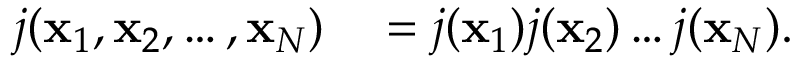
\begin{array} { r l } { j ( \mathbf { x } _ { 1 } , \mathbf { x } _ { 2 } , \ldots , \mathbf { x } _ { N } ) } & { { } = j ( \mathbf { x } _ { 1 } ) j ( \mathbf { x } _ { 2 } ) \ldots { } j ( \mathbf { x } _ { N } ) . } \end{array}